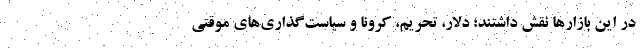
در این بازارها نقش داشتند؛ دلار، تحریم، کرونا و سیاست‌گذاری‌های موقتی